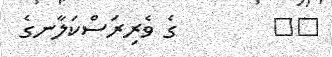
٢٠        ގެ ވެރިރަސްކަލާނގެ